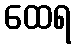
ထေရ